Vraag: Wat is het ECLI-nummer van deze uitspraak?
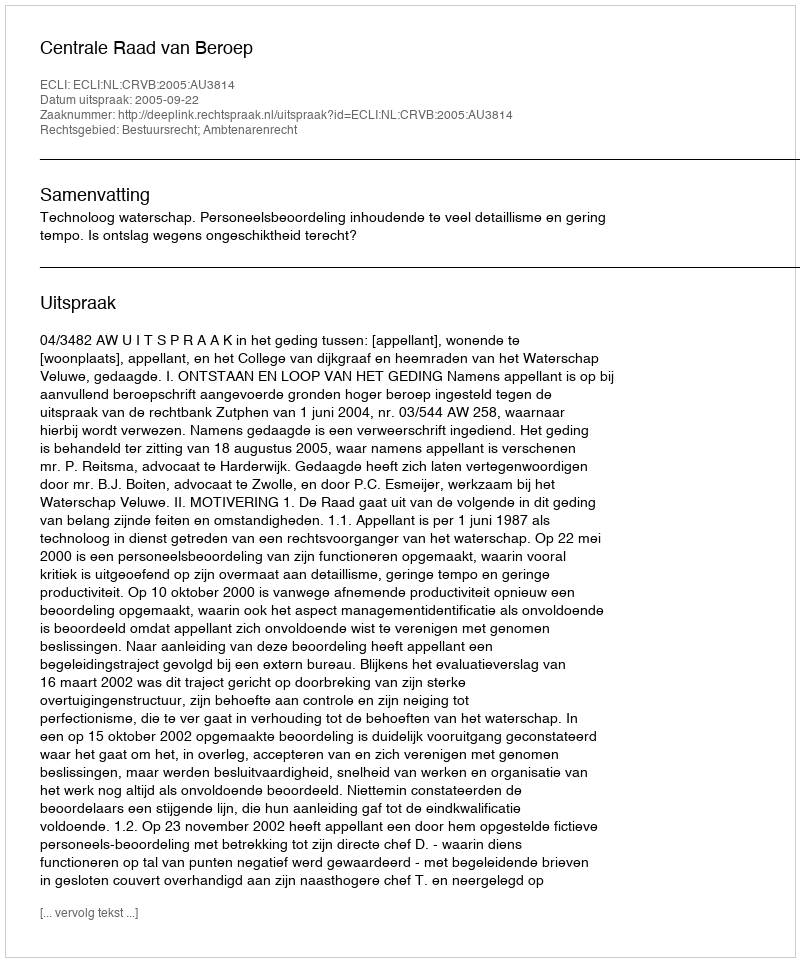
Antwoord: ECLI:NL:CRVB:2005:AU3814